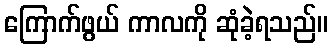
ကြောက်ဖွယ် ကာလကို ဆုံခဲ့ရသည်။